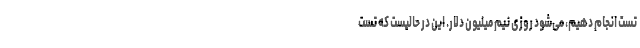
تست انجام دهیم، می‌شود روزی نیم میلیون دلار. این در حالیست که تست